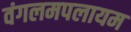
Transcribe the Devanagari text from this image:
वंगलमपलायम